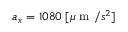
a _ { x } = 1 0 8 0 \; [ \mu \mathrm { ~ m ~ } / s ^ { 2 } ]